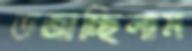
ভজাচ্ছিলাম